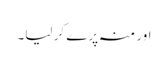
اور منہ پرے کر لیا۔